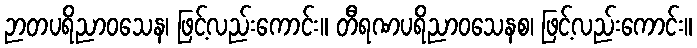
ဉာတပရိညာဝသေန၊ ဖြင့်လည်းကောင်း။ တီရဏပရိညာဝသေနစ၊ ဖြင့်လည်းကောင်း။